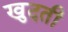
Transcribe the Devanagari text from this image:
खुदती